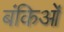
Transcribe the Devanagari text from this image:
बंकिओं